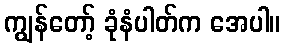
ကျွန်တော့် ခုံနံပါတ်က အေပါ။